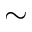
\sim